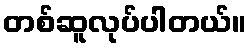
တစ်ဆူလုပ်ပါတယ်။